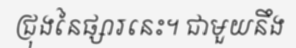
ជ្រុងនៃផ្សារនេះ។ ជាមួយនឹង